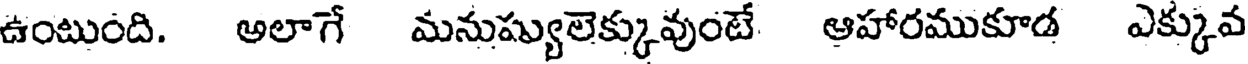
ఉంటుంది. అలాగే మనుష్యులెక్కువుంటే ఆహారముకూడ ఎక్కువ